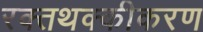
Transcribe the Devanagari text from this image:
रक्तथक्कीकरण